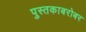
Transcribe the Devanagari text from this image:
पुस्तकाबरोबर